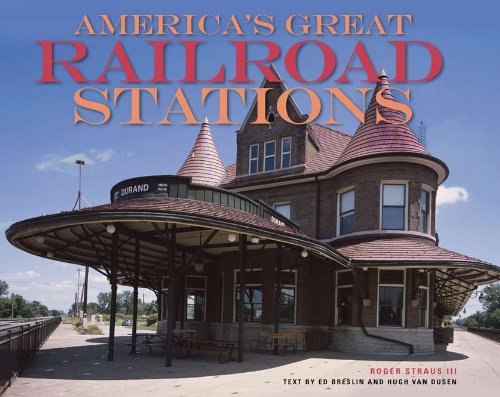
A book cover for America's Great Railroad Stations; Roger Straus; Engineering & Transportation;